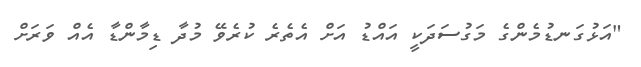
"އަޅުގަނޑުމެންގެ މަގުސަދަކީ އައްޑު އަށް އެތެރެ ކުރެވޭ މުދާ ޑިމާންޑާ އެއް ވަރަށް